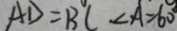
A D = B C < A = 6 0 ^ { \circ }